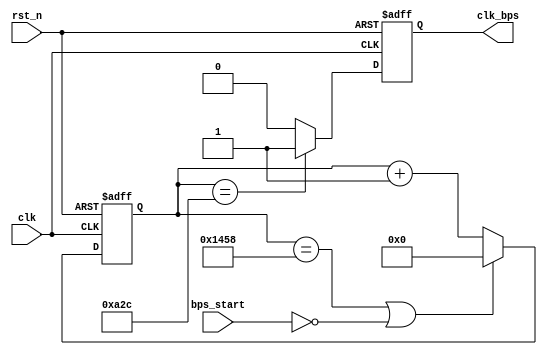
/////////////////////////////////////////////////////////////////////////////
// Xilinx Spartan 6 FPGA
// SF-SP6 
//         FPGA
//				SF-SP6
// http://myfpga.taobao.com/
//  http://pan.baidu.com/s/1jGjAhEm
//                 
/////////////////////////////////////////////////////////////////////////////
module speed_setting(
				input clk,	// 50MHz
				input rst_n,	//
				input bps_start,	//
				output reg clk_bps	// clk_bps 
			);

`define BPS_9600
`define CLK_PERIORD	20	//20ns(50MHz)
`define BPS_SET		96	//9600bps()

`define BPS_PARA	(10_000_000/`CLK_PERIORD/`BPS_SET)//10_000_000/`CLK_PERIORD/96;		//9600
`define BPS_PARA_2	(`BPS_PARA/2)//BPS_PARA/2;	//9600

reg[12:0] cnt;			//

//----------------------------------------------------------
reg[2:0] uart_ctrl;	// uart
//----------------------------------------------------------

always @ (posedge clk or negedge rst_n)
	if(!rst_n) cnt <= 13'd0;
	else if((cnt == `BPS_PARA) || !bps_start) cnt <= 13'd0;	//
	else cnt <= cnt+1'b1;			//

always @ (posedge clk or negedge rst_n)
	if(!rst_n) clk_bps <= 1'b0;
	else if(cnt == `BPS_PARA_2) clk_bps <= 1'b1;	// clk_bps_r,
	else clk_bps <= 1'b0;

	
endmodule